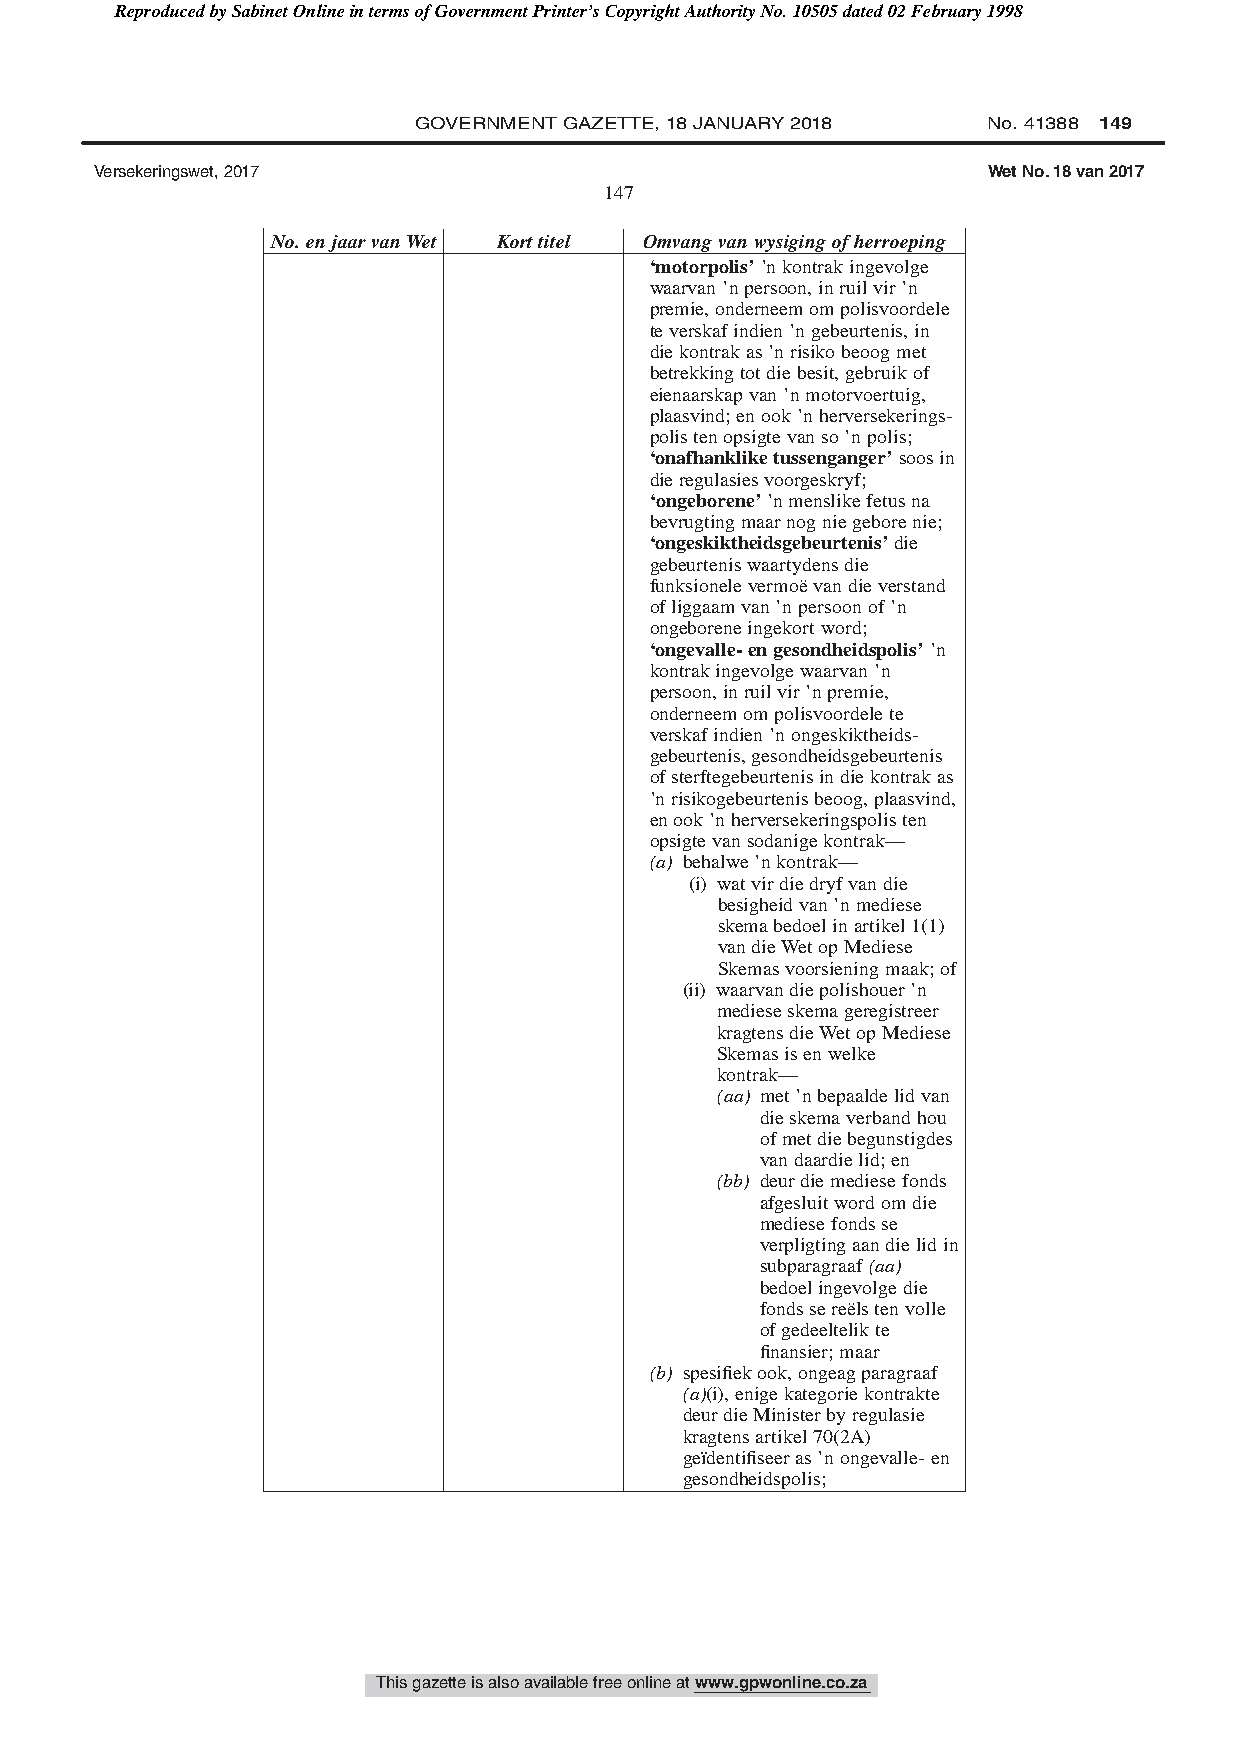
Reproduced by Sabinet Online in terms of Government Printer’s Copyright Authority No. 10505 dated 02 February 1998
 GOVERNMENT GAZETTE, 18 JANUARY 2018   No. 41388 149
 Versekeringswet, 2017                                      Wet No. 18 van 2017
 147
 No.enjaarvanWet Korttitel Omvangvanwysigingofherroeping
 ‘motorpolis’’nkontrakingevolge
 waarvan’npersoon,inruilvir’n
 premie,onderneemompolisvoordele
 teverskafindien’ngebeurtenis,in
 diekontrakas’nrisikobeoogmet
 betrekkingtotdiebesit,gebruikof
 eienaarskapvan’nmotorvoertuig,
 plaasvind;enook’nherversekerings-
 polistenopsigtevanso’npolis;
 ‘onafhankliketussenganger’soosin
 dieregulasiesvoorgeskryf;
 ‘ongeborene’’nmenslikefetusna
 bevrugtingmaarnogniegeborenie;
 ‘ongeskiktheidsgebeurtenis’die
 gebeurteniswaartydensdie
 funksionelevermoëvandieverstand
 ofliggaamvan’npersoonof’n
 ongeboreneingekortword;
 ‘ongevalle-engesondheidspolis’’n
 kontrakingevolgewaarvan’n
 persoon,inruilvir’npremie,
 onderneemompolisvoordelete
 verskafindien’nongeskiktheids-
 gebeurtenis,gesondheidsgebeurtenis
 ofsterftegebeurtenisindiekontrakas
 ’nrisikogebeurtenisbeoog,plaasvind,
 enook’nherversekeringspolisten
 opsigtevansodanigekontrak—
 (a) behalwe’nkontrak—
 (i) watvirdiedryfvandie
 besigheidvan’nmediese
 skemabedoelinartikel1(1)
 vandieWetopMediese
 Skemasvoorsieningmaak;of
 (ii) waarvandiepolishouer’n
 medieseskemageregistreer
 kragtensdieWetopMediese
 Skemasisenwelke
 kontrak—
 (aa) met’nbepaaldelidvan
 dieskemaverbandhou
 ofmetdiebegunstigdes
 vandaardielid;en
 (bb) deurdiemediesefonds
 afgesluitwordomdie
 mediesefondsse
 verpligtingaandielidin
 subparagraaf(aa)
 bedoelingevolgedie
 fondssereëlstenvolle
 ofgedeeltelikte
 finansier;maar
 (b) spesifiekook,ongeagparagraaf
 (a)(i),enigekategoriekontrakte
 deurdieMinisterbyregulasie
 kragtensartikel70(2A)
 geïdentifiseeras’nongevalle-en
 gesondheidspolis;
 This gazette is also available free online at www.gpwonline.co.za